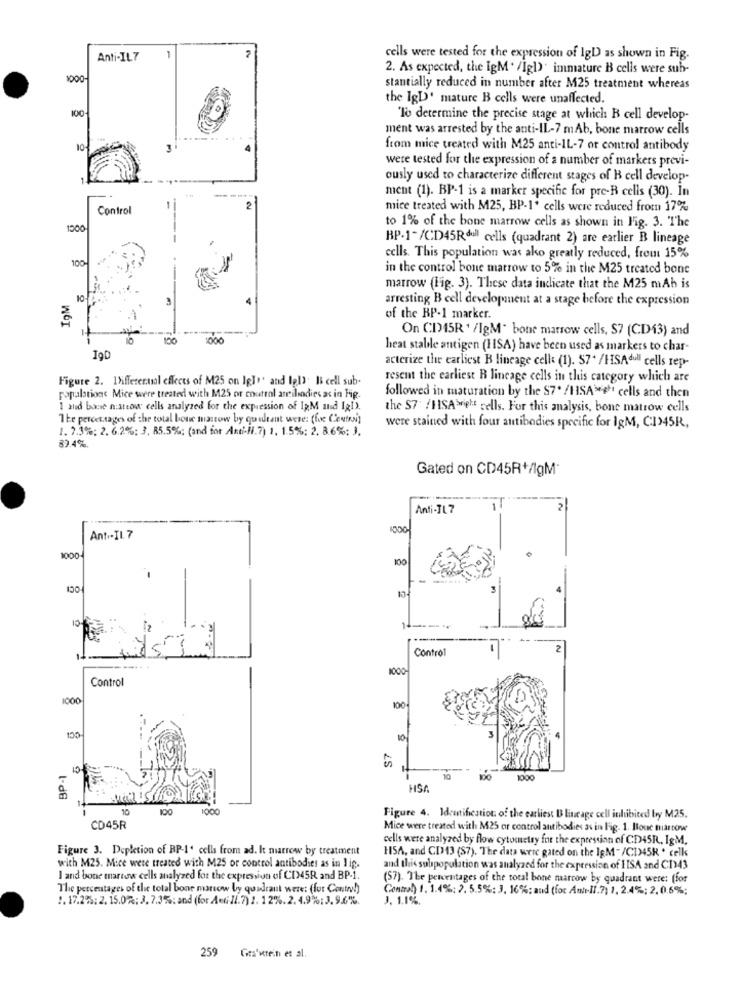
2
Anti-IL7
cells were tested for the expression of IgD as shown in Fig.
2. As expected, the IgM . /Igl)' immature B cells were sub-
stantially reduced in number after M25 treatment whereas
the IgD' mature B cells were unaffected.
100
'To determine the precise stage at which B cell develop-
ment was arrested by the anti-IL-7 mAb, bone marrow cells
3
from mice treated with M25 anti-IL-7 or control antibody
were tested for the expression of a number of markers previ-
ously used to characterize different stages of B cell develop-
ment (1). BP-1 is a marker specific for pre-R cells (30). In
Control
1
mice treated with M25, HP-1' cells were reduced from 17%
1500
to 1% of the bone marrow cells as shown in Fig. 3. The
BP-1-/CD45Rdull cells (quadrant 2) are earlier B lineage
100-
cells. This population was ako greatly reduced, freut 15%
in the control bone marrow to 5% in the M25 treated bone
marrow (Fig. 3). These data indicate that the M25 mAh is
arresting B cell development at a stage before the expression
of the BP-1 marker.
On CI45R ' /IgM" bone marrow cells, S7 (CD43) and
150
heat stabile antigen (HISA) have been used as markers to char-
acterize the earliest B lineage celle (1). 57* /HSAdull cells rep-
Figure 2. 1Xfferecual effects of M25 on Igle' and Igl). It cell sub-
resent the earliest R lineage cells in this category which are
ropalations Mice were treated with M25 or coutrol antibodies as in Fig.
followed in maturation by the $7* /HSA *** cells and then
1 and bone n:steow cells analyzed for the expression of IgM and IgD.
the $7 /HISAwielt cells. For this analysis, bone matrow cells
The percet.tages of the total bone marrow by quelltant were: (foc Centrai)
1. 7.3%: 2. 62%: 3, 85.5%: (and for Anti-N.7) 1, 15%: 2, 86%; ).
were stained with four antibodies specific for IgM, CI345R,
87 4%.
Gated on CD45R+/1gM'
Anti-TL 7
Anti-IL. 7
1000-
100
-.
Control
Control
1000
100
150
10
BP-1
10
IDO
1000
HSA
10
100
Figure 4. Identification of the earliest U lineage cell inhibited by M25.
CD45R
Mice were treated with M25 or control antibodies as in Fig. 1. Boue martow
cells were analyzed by flow cytometry for the expression of CD45R, IgM.
Figure 3. Depletion of BP-1' cells from ad. k marrow by treatment
H5A, and CD13 (S7). The data were gated on the IgM-/C1)45H . celk
with M25. Mice were treated with M25 or control antibodies as in lig.
and this subpopulation was analyzed for the expression of ISA and CI43
I and bone marrow cells analyzed for the expression of CI345R and BP-1.
(57). The percentages of the total bone marrow by quadrant were: (for
The percentages of the total bone marrow by quadrant were: (fur Contro!)
Control) 1. 1.4%: 2. 5.5%: 3, 16%; and (for Au-11.7) 1. 2.4%; 2, 0.5%;
1.17.2%: 2. 15.0%: 3. 7.3%: and (for A=(Il.7) 2. 12%.2. 4.9%:3. 9.6%.
3. 1.1%.
259 Gra'stein et al.